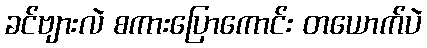
ခင်ဗျားလဲ စကားပြောကောင်း တယောက်ပဲ